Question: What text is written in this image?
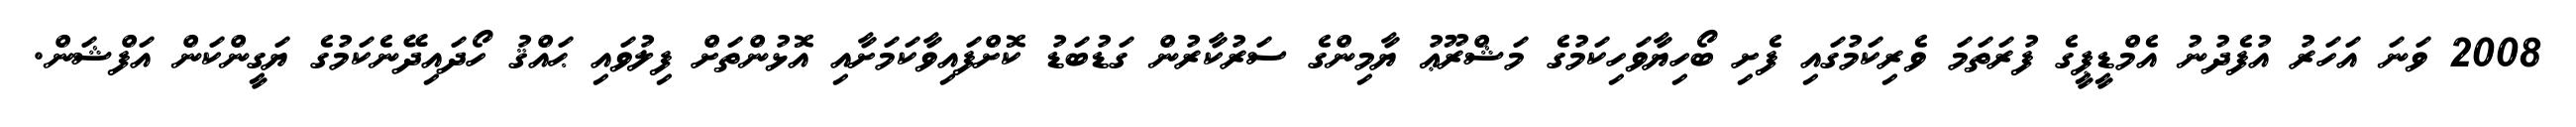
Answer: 2008 ވަނަ އަހަރު އުފެދުނު އެމްޑީޕީގެ ފުރަތަމަ ވެރިކަމުގައި ފެށި ބޯހިޔާވަހިކަމުގެ މަޝްރޫޢު ޔާމިންގެ ސަރުކާރުން ގަޑުބަޑު ކޮށްފައިވާކަމަށާއި އޮޅުންތަށް ފިލުވައި ޙައްޤު ހޯދައިދޭނެކަމުގެ ޔަގީންކަން އަފްޝަން.